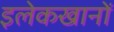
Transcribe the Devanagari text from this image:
इलेकखानों